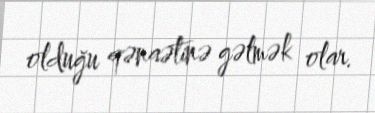
olduğu qənaətinə gəlmək olar.